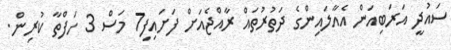
ސައުދީ އަރަބިއަން އެއާލައިންގެ ދަތުރުތައް ރާއްޖެއަށް ފަށައިފި7 މަސް 3 ހަފްތާ ކުރިން.